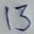
Text: 13